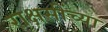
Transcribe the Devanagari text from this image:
राक्षसींच्या